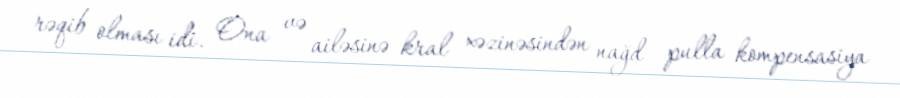
rəqib olması idi. Ona və ailəsinə kral xəzinəsindən nağd pulla kompensasiya